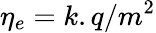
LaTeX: \eta_{e}=k.q/m^{2}